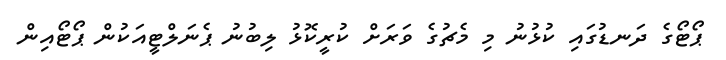
ޕޯޓޯގެ ދަނޑުގައި ކުޅުނު މި މެޗުގެ ވަރަށް ކުރީކޮޅު ލިބުނު ޕެނަލްޓީއަކުން ޕޯޓޯއިން